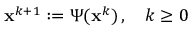
\mathbf { x } ^ { k + 1 } : = \Psi ( \mathbf { x } ^ { k } ) \, , \quad k \geq 0